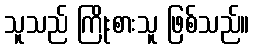
သူသည် ကြိုးစားသူ ဖြစ်သည်။